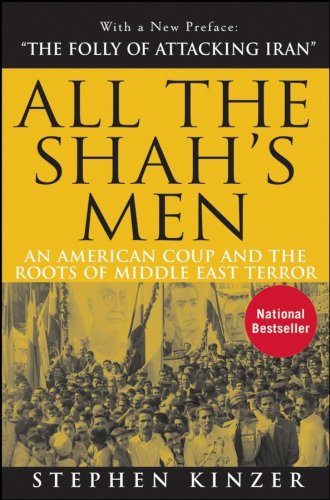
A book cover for All the Shah's Men: An American Coup and the Roots of Middle East Terror; Stephen Kinzer; History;